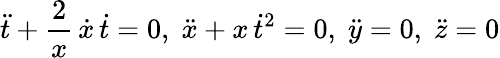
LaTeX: {\ddot{t}}+{\frac{2}{x}}\, {\dot{x}}\, {\dot{t}}=0,\; {\ddot{x}}+x\, {\dot{t}}^{2}=0,\; {\ddot{y}}=0,\; {\ddot{z}}=0